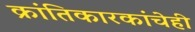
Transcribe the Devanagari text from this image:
क्रांतिकारकांचेही